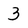
Character: 3